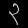
Digit: ၃